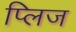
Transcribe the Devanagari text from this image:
प्लिज